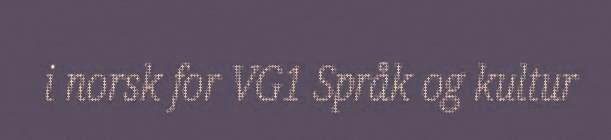
i norsk for VG1 Språk og kultur